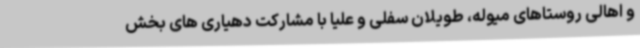
و اهالی روستاهای میوله، طویلان سفلی و علیا با مشارکت دهیاری های بخش